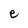
Character: e